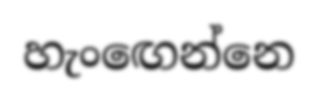
හැංඟෙන්නෙ